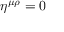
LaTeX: \eta ^ { \mu \rho } = 0